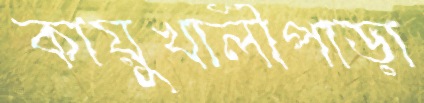
কায়ুখালীপাড়া